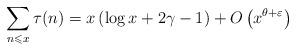
LaTeX: \begin{align*} \sum_{n \leqslant x} \tau(n) = x \left( \log x + 2 \gamma - 1 \right) + O \left( x^{\theta + \varepsilon} \right) \end{align*}